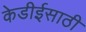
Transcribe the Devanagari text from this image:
केडीईसाठी